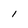
Character: l